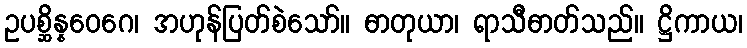
ဥပစ္ဆိန္နဝေဂေ၊ အဟုန်ပြတ်စဲသော်။ ဓာတုယာ၊ ရာသီဓာတ်သည်။ ဋ္ဌိကာယ၊